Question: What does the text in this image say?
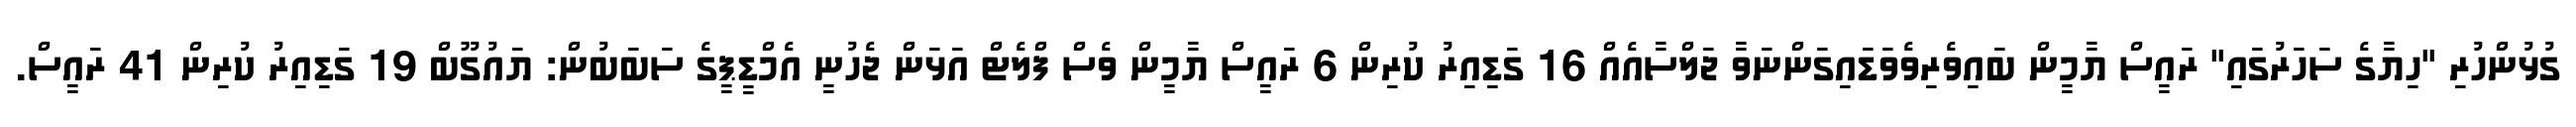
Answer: ގުޅުންހުރި "ހިޔާގެ ސަހަރުގައި" ރައީސް ޔާމީން ބައިވެރިވެވަޑައިގަންނަވާ ޖަލްސާއެއް 16 ގަޑިއިރު ކުރިން 6 ރައީސް ޔާމީން ވެސް ފްލެޓް އަޅަން ޖެހުނީ އެމްޑީޕީގެ ސަބަބުން: ޔައުގޫބް 19 ގަޑިއިރު ކުރިން 41 ރައީސް.